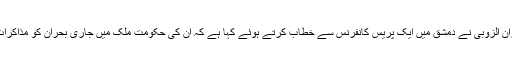
دریں اثنا شام کے وزیرِ اطلاعات عمران الزوبی نے دمشق میں ایک پریس کانفرنس سے خطاب کرتے ہوئے کہا ہے کہ ان کی حکومت ملک میں جاری بحران کو مذاکرات کے ذریعے حل کرنے پر آمادہ ہے۔